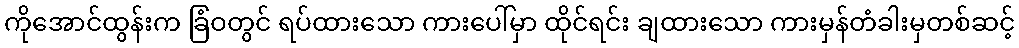
ကိုအောင်ထွန်းက ခြံဝတွင် ရပ်ထားသော ကားပေါ်မှာ ထိုင်ရင်း ချထားသော ကားမှန်တံခါးမှတစ်ဆင့်